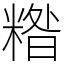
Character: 糌